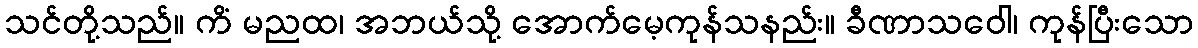
သင်တို့သည်။ ကိံ မညထ၊ အဘယ်သို့ အောက်မေ့ကုန်သနည်း။ ခီဏာသဝေါ၊ ကုန်ပြီးသော